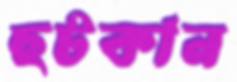
ছটকান